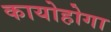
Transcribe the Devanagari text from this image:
कायोहोगा